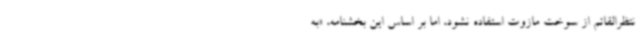
نتظرالقائم از سوخت مازوت استفاده نشود، اما بر اساس این بخشنامه، «به